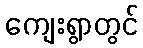
ကျေးရွာတွင်